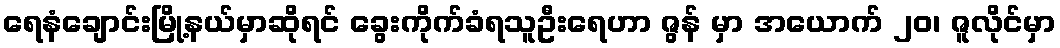
ရေနံချောင်းမြို့နယ်မှာဆိုရင် ခွေးကိုက်ခံရသူဦးရေဟာ ဇွန် မှာ အယောက် ၂၀၊ ဇူလိုင်မှာ